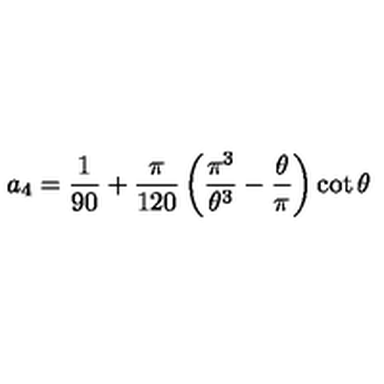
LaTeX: a _ { 4 } = \frac { 1 } { 9 0 } + \frac { \pi } { 1 2 0 } \left( \frac { \pi ^ { 3 } } { \theta ^ { 3 } } - \frac { \theta } { \pi } \right) \cot \theta